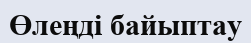
Өлеңді байыптау